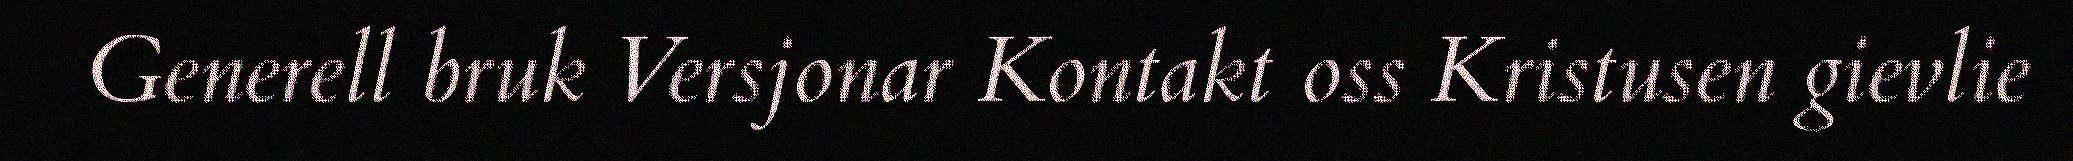
Generell bruk Versjonar Kontakt oss Kristusen gievlie